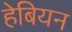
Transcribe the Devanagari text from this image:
हेबियन